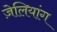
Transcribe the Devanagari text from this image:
ज़ेलियांग